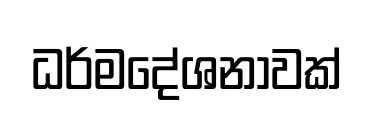
ධර්මදේශනාවක්